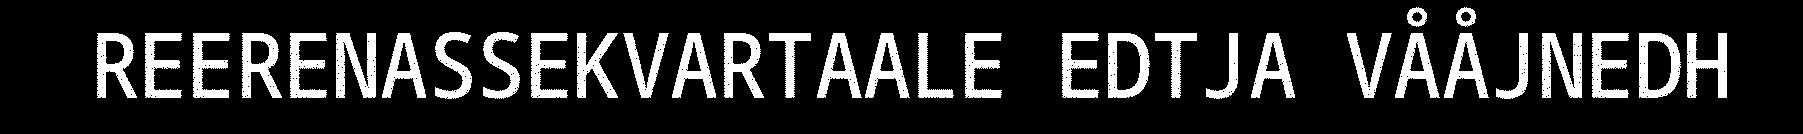
REERENASSEKVARTAALE EDTJA VÅÅJNEDH